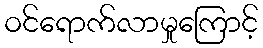
ဝင်ရောက်လာမှုကြောင့်